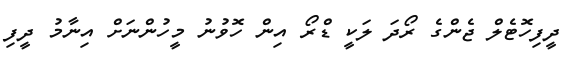
ދީފިހޮޓެލް ޖެންގެ ރޯދަ ލަކީ ޑްރޯ އިން ހޮވުނު މީހުންނަށް އިނާމު ދީފި